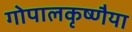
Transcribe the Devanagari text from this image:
गोपालकृष्णैया